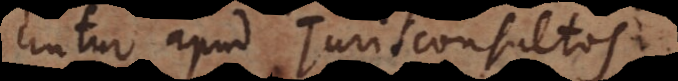
untur apud Jurisconsultos.